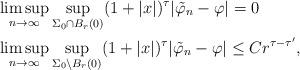
LaTeX: \begin{align*}& \limsup_{n\to\infty} \sup_{\Sigma_0\cap B_r(0)} (1+|x|)^\tau |\tilde \varphi_n -\varphi| = 0\\& \limsup_{n\to\infty} \sup_{\Sigma_0\setminus B_r(0)} (1+|x|)^\tau |\tilde \varphi_n -\varphi| \leq C r^{\tau-\tau'},\end{align*}